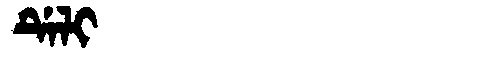
Manchu: ᡩᡝᠯᡳ
Romanization: DELI